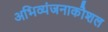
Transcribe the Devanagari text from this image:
अभिव्यंजनाकौशल